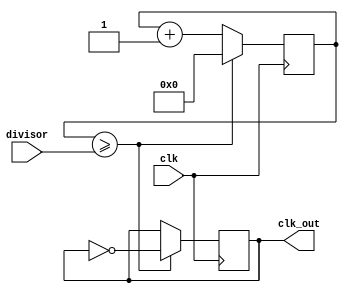
module floating_point_clock_divider (
    input wire clk,
    input wire [31:0] divisor,
    output wire clk_out
);

reg [31:0] count;
reg clk_out_reg;

always @(posedge clk) begin
    if (count >= divisor) begin
        count <= 0;
        clk_out_reg <= ~clk_out_reg;
    end else begin
        count <= count + 1;
    end
end

assign clk_out = clk_out_reg;

endmodule